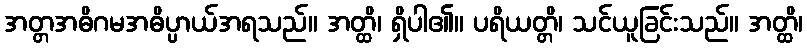
အတ္တအဓိဂမအဓိပ္ပာယ်အရသည်။ အတ္ထိ၊ ရှိပါ၏။ ပရိယတ္တိ၊ သင်ယူခြင်းသည်။ အတ္ထိ၊